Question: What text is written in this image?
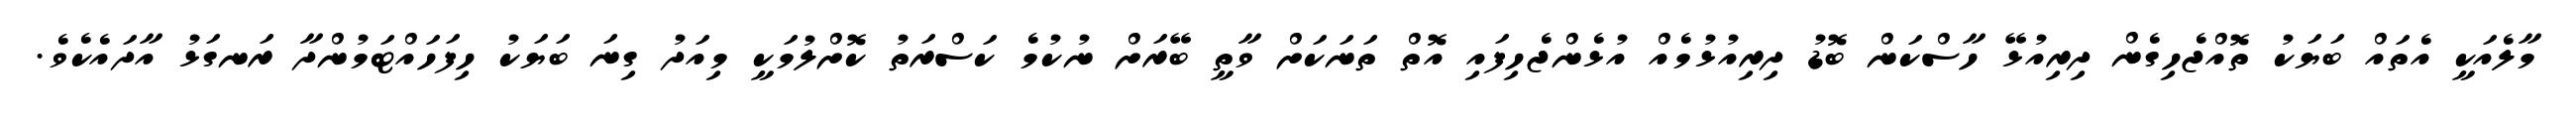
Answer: މާލެއަކީ އެތައް ބަޔަކު ތޮއްޖެހިގެން ދިރިއުޅޭ ހާސްކަން ބޮޑު ދިރިއުޅުމެއް އުޅެންޖެހިފައި އޮތް ތަނަކަށް ވާތީ ބޭރަށް ނުކުމެ ކަސްރަތު ކޮށްލުމަކީ މިއަދު ގިނަ ބަޔަކު ހިފަހައްޓަމުންދާ ރަނގަޅު އާދައެކެވެ.